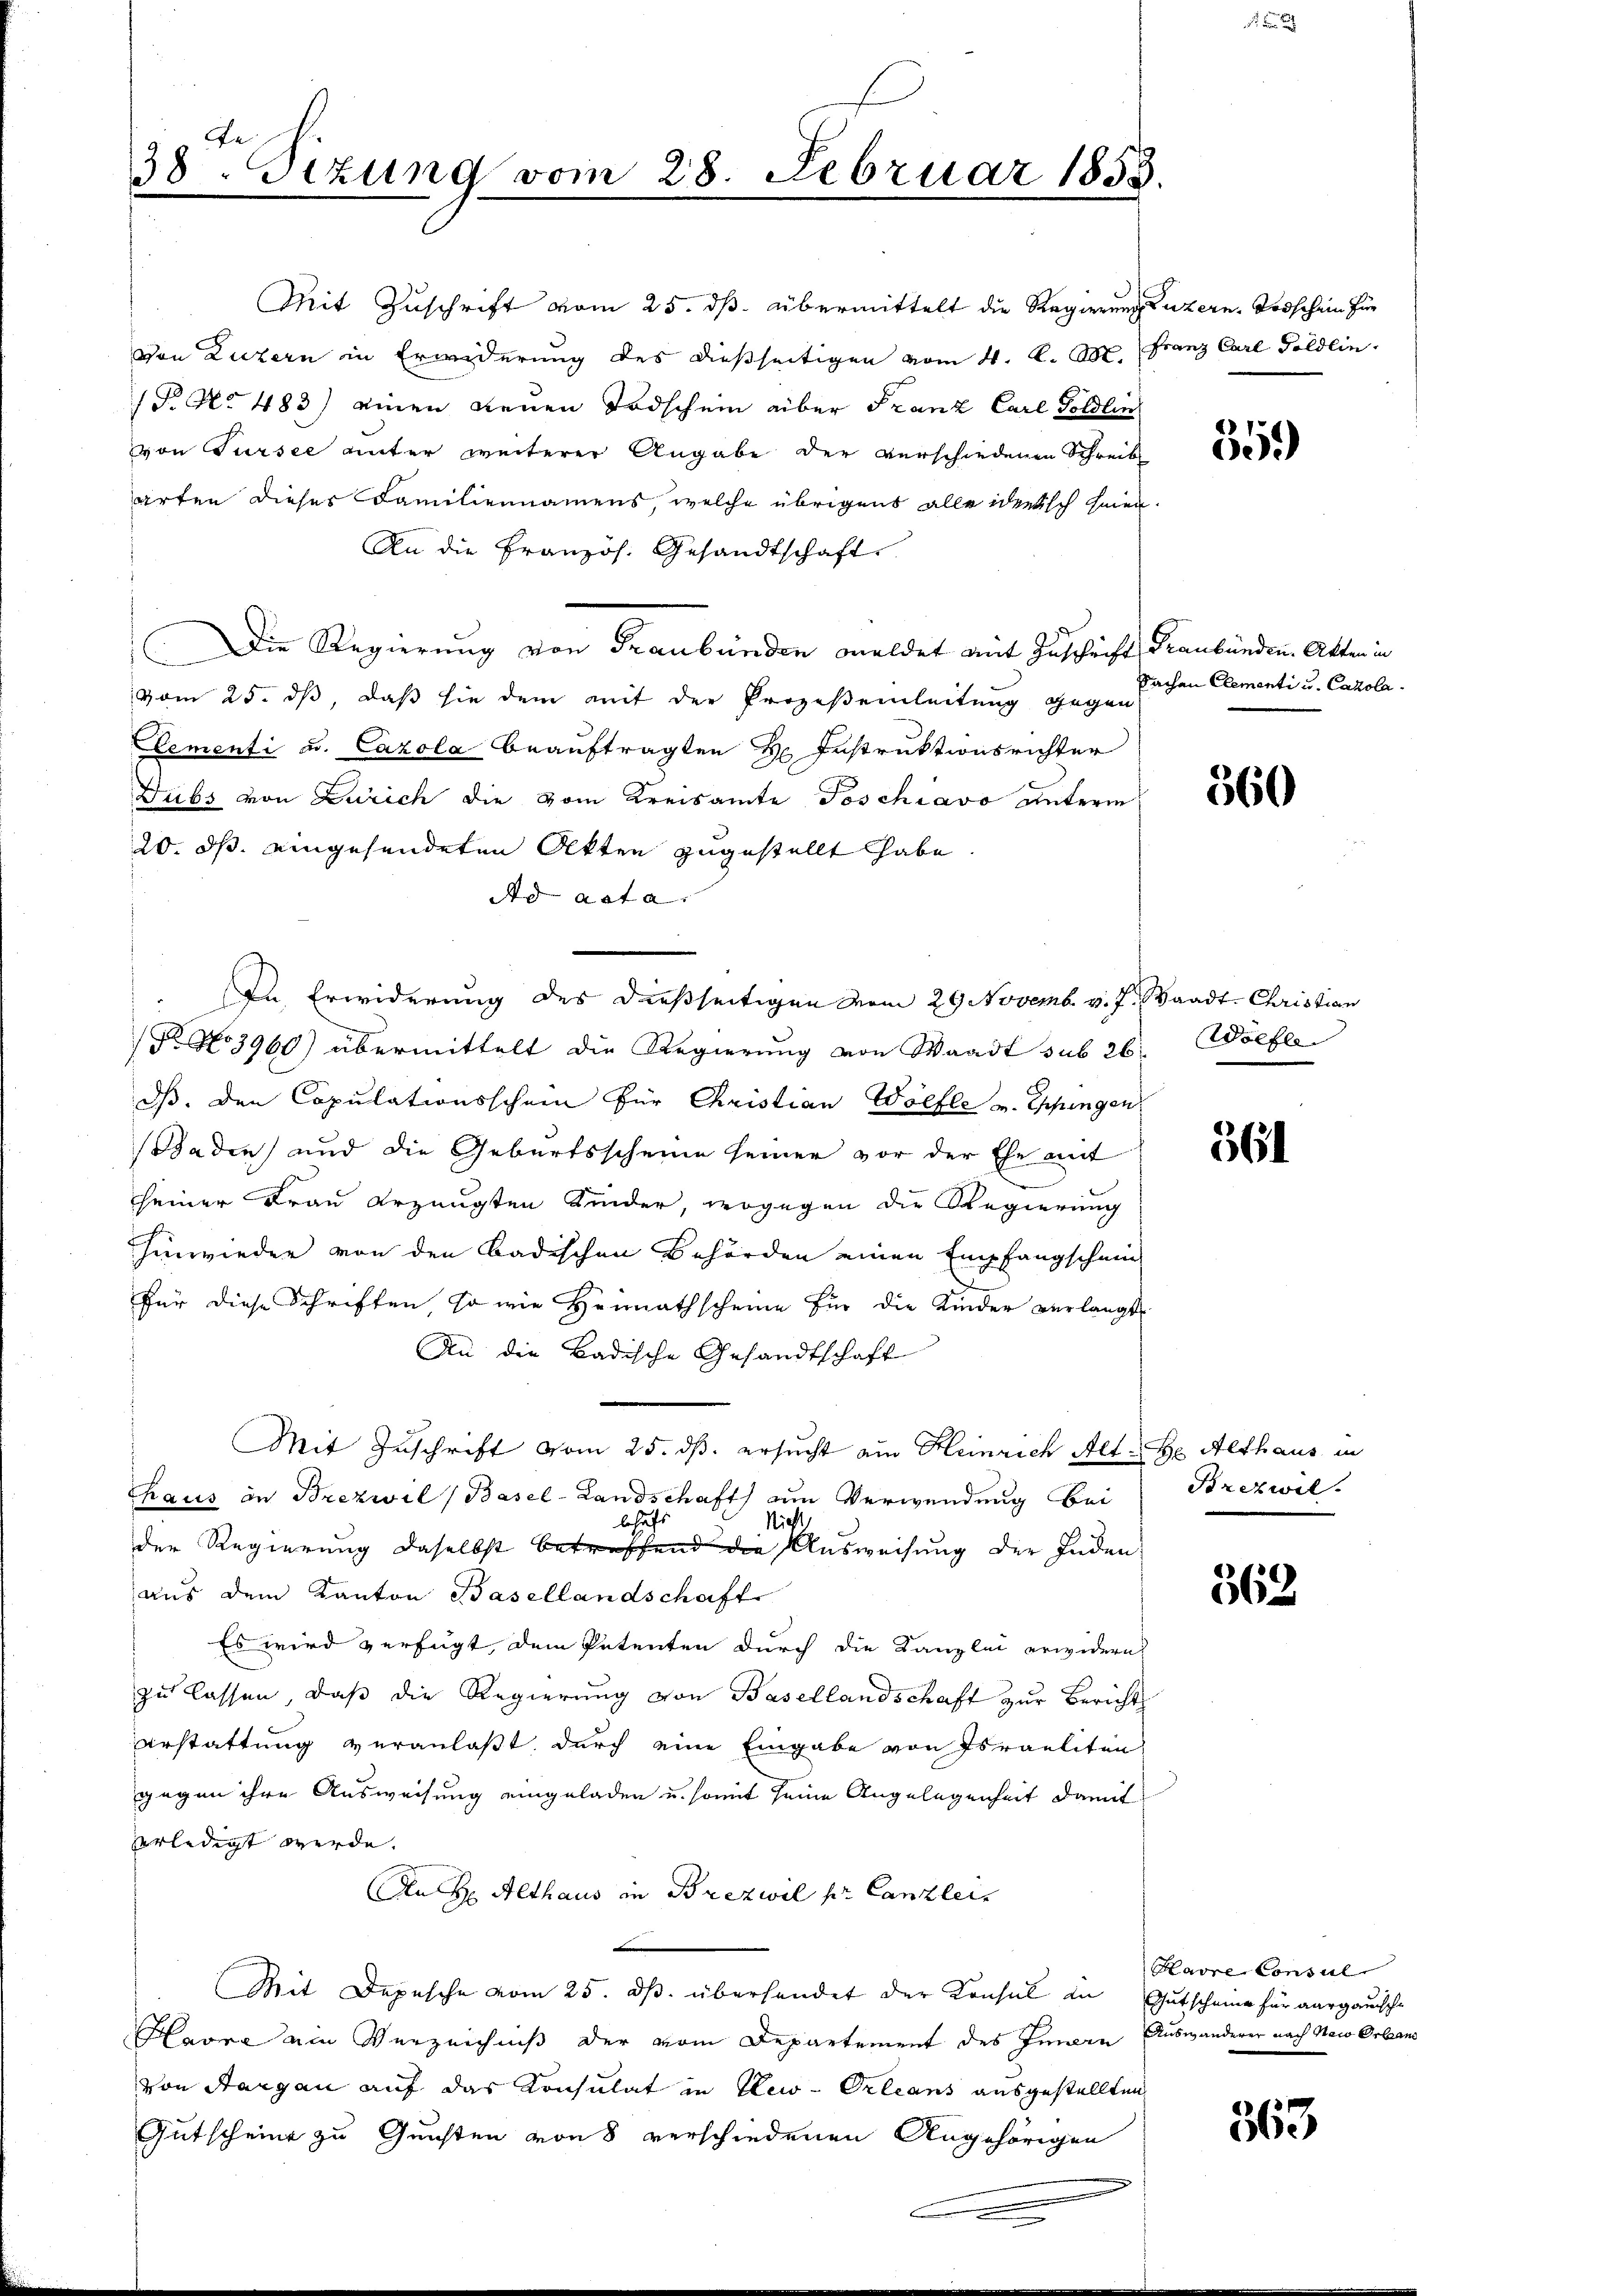
th.
38 Sitzung vom 28. Februar 1858.

Mit Zuschrift vom 25. ds. übermittelt die Regierung Luzern. Todschein für
von Luzern in Erwiderung des dießseitigen vom 4. K. M. Franz Carl Geldlin,
P No 483) einen neuen Todschein aber Franz Carl Göldlin
von Tursee unter weiterer Angabe der verschiedenen Schreib
arten dieses Familiennamens, welche übrigens alle identisch seien.
An die Französ. Gesandtschaft
Die Regierung von Graubünden meldet mit Zuschrift Graubünden Akten in
vom 25. dß, daß sie dem mit der Prozeßeinleitung gegen
Cementi u. Cazola beauftragten H. Instruktionsrichter
Dubs von Zürich die vom Kreisamte Toschiavo unterm
20. ds. eingesendeten Akten zugestellt habe,
Ad acta.
In Erwiderung des dießseitigen vom 29. Novemb. v. J. Waadt- Christian
Fr No 3960) übermittelt die Regierŭng von Waadt sub 26: Wölfle
dß. den Copulationsschein für Christian Wölfle u. Eppingen
Baden und die Geburtsscheine seiner vor der Ehe mit
seiner Frau erzeugten Kinder, wogegen die Regierung
hinwieder von den badischen Behörden einen Empfangschein
für diese Schriften, so wie Heimathscheine für die Kinder verlangt
An die Badische Gesandtschaft
Mit Zuschrift vom 25. ds. ersucht am Heinrich Alt-He Althaus in
thaus in Brezwil (Basel-Landschaft an Verwendung bei
behaft
Nicht
der Regierung daselbst betreffend die Ausweisung der Inden
aus dem Kanton Basellandschaft
Es wird verfügt, dem Petenten durch die Kanzlei erwideres
zu lassen, daß die Regierung von Basellandschaft zur Berichts
Erstattung veranlaßt, durch eine Eingabe von Israeliten
gegen ihre Ausweisung eingeladen u. somit seine Angelegenheit damit
verledigt werde.
An H: Althaus in Brezwil pr. Canzler
Mit Depesche vom 25. ds. überhandet der Konsul in Gutscheine für aargauische
Havre am Verzeichniß der vom Departement des Innern Auswanderer nach New Orband
von Sargau auf das Konsulat in New-Orleans ausgestellten
Gutscheine zu Gunsten von 8 verschiedenen Angehörigen

35.)

Sachen Elementi u. Cazola.

560

361

Brezwil.

562

Havre Consul

363.